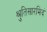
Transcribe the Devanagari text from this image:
श्रुतिसारमिदं